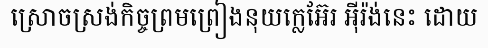
ស្រោចស្រង់កិច្ចព្រមព្រៀងនុយក្លេអ៊ែរ អ៊ីរ៉ង់នេះ ដោយ